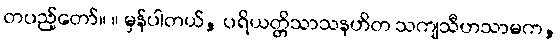
တပည့်တော်။ ။ မှန်ပါတယ်, ပရိယတ္တိသာသနဟိတ သကျသီဟသာမက,